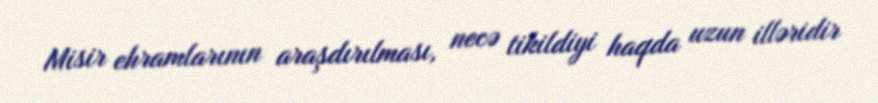
Misir ehramlarının araşdırılması, necə tikildiyi haqda uzun illəridir